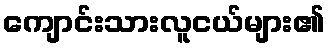
ကျောင်းသားလူငယ်များ၏